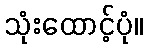
သုံးထောင့်ပုံ။